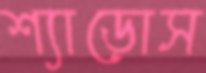
শ্যাডোস